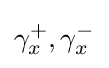
\gamma _{x}^{+},\gamma _{x}^{-}